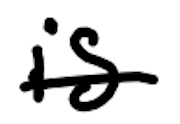
Text: is
Cross-out: mix
Writing tool: digital_black